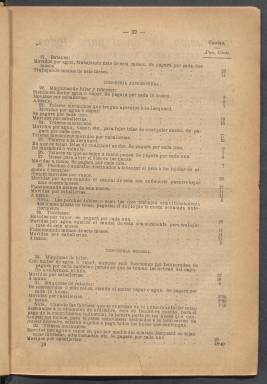
Título: El Principado (Barcelona)
Colección: Periódicos
Ámbito geográfico: Barcelona
Lugar de publicación: Barcelona
Fechas: 01/01/1882-30/09/1882